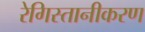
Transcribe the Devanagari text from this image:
रेगिस्तानीकरण